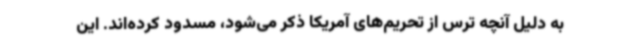
به دلیل آنچه ترس از تحریم‌های آمریکا ذکر می‌شود، مسدود کرده‌اند. این